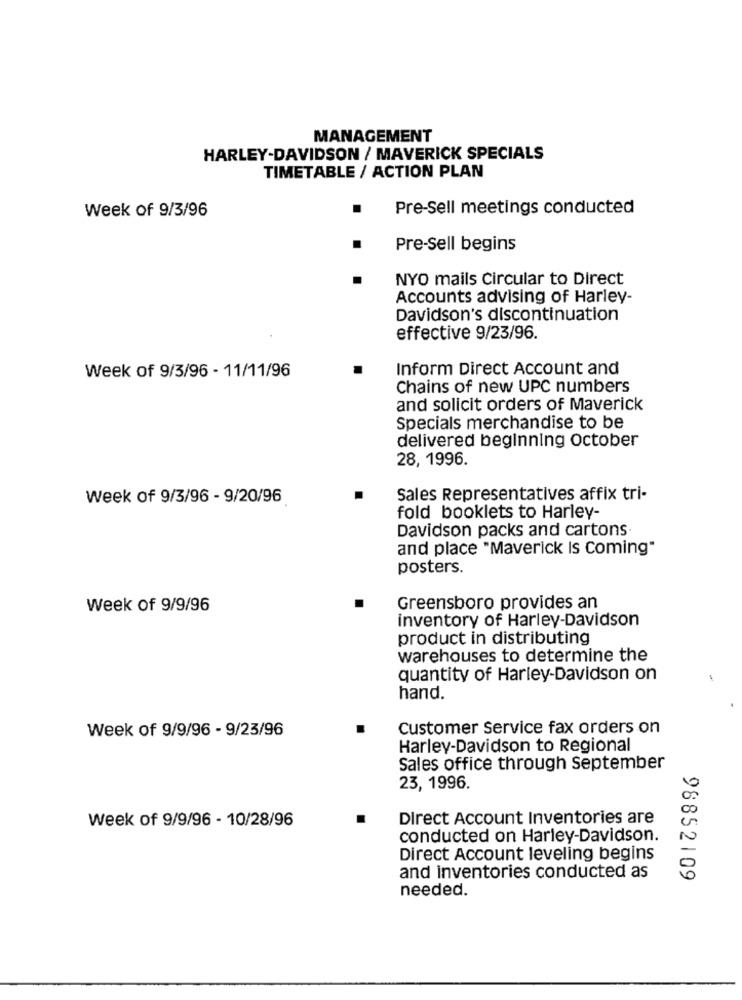
MANAGEMENT
HARLEY-DAVIDSON / MAVERICK SPECIALS
TIMETABLE / ACTION PLAN
Pre-Sell meetings conducted
Week of 9/3/96
Pre-sell begins
NYO mails Circular to Direct
Accounts advising of Harley-
Davidson's discontinuation
effective 9/23/96.
Inform Direct Account and
Week of 9/3/96 - 11/11/96
Chains of new UPC numbers
and solicit orders of Maverick
Specials merchandise to be
delivered beginning October
28, 1996.
Week of 9/3/96 - 9/20/96
Sales Representatives affix tri-
fold booklets to Harley-
Davidson packs and cartons
and place "Maverick Is Coming"
posters.
Week of 9/9/96
Greensboro provides an
inventory of Harley-Davidson
product in distributing
warehouses to determine the
quantity of Harley-Davidson on
hand.
Week of 9/9/96 - 9/23/96
Customer Service fax orders on
Harley-Davidson to Regional
Sales office through September
23, 1996.
Week of 9/9/96 - 10/28/96
Direct Account Inventories are
conducted on Harley-Davidson.
Direct Account leveling begins
and inventories conducted as
98852109
needed.